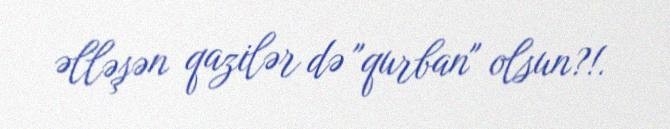
əlləşən qazilər də "qurban" olsun?!.